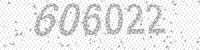
Solution: 606022